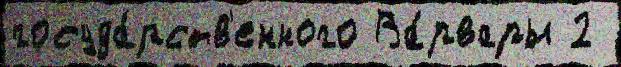
госуда́рств'енного Ва́рвары 2